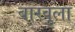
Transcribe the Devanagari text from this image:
बारवुला